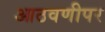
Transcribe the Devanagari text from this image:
आठवणीपर